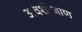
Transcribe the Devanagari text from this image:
अवशोजाण